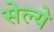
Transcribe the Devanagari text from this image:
सेल्ये